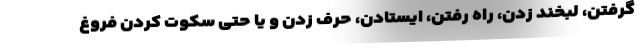
گرفتن، لبخند زدن، راه رفتن، ایستادن، حرف زدن و یا حتی سکوت کردن فروغ